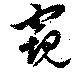
窺